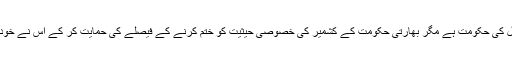
مانا دلی میں اروند کیجریوال کی حکومت ہے مگر بھارتی حکومت کے کشمیر کی خصوصی حیثیت کو ختم کرنے کے فیصلے کی حمایت کر کے اس نے خود کو بہت نیچے گرا دیا ہے۔